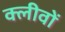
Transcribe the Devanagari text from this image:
क्लीवों